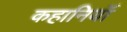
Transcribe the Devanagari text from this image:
कहानियॉं